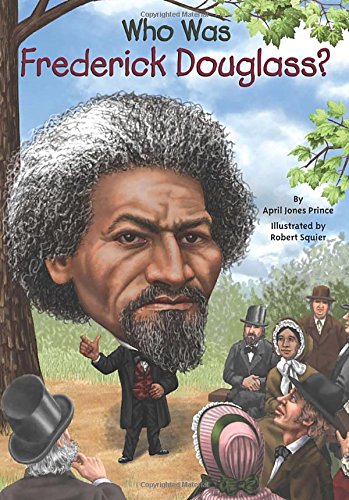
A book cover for Who Was Frederick Douglass?; April Jones Prince; Children's Books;